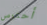
أحترس